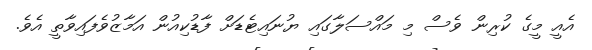
އެއީ މީގެ ކުރިން ވެސް މި މައްސަލާގައި ޔުނައިޓެޑަށް ފާޑުކިއުން އަމާޒުވެފައިވާތީ އެވެ.